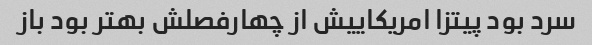
سرد بود پیتزا امریکاییش از چهارفصلش بهتر بود باز